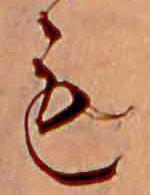
も